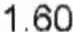
1.60